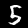
Label: 5